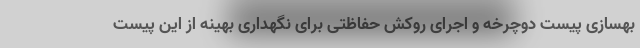
بهسازی پیست دوچرخه و اجرای روکش حفاظتی برای نگهداری بهینه از این پیست